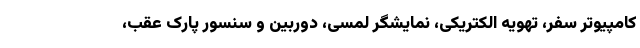
کامپیوتر سفر، تهویه الکتریکی، نمایشگر لمسی، دوربین و سنسور پارک عقب،